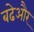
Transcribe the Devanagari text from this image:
बढेऔर